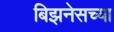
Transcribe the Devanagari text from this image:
बिझनेसच्या